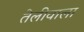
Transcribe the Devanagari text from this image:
तेलीवाला